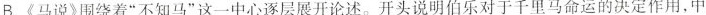
A.”说”是古代的一种议论体裁，用来陈述作者对社会上某些问题的观点，《马说》以伯乐和千里马